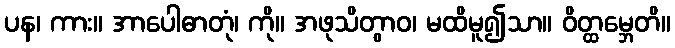
ပန၊ ကား။ အာပေါဓာတုံ၊ ကို။ အဖုသိတွာဝ၊ မထိမူ၍သာ။ ဝိတ္ထမ္ဘေတိ။